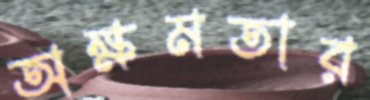
অক্ষমতার